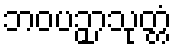
ဘဝပဉှာသုတ္တံ